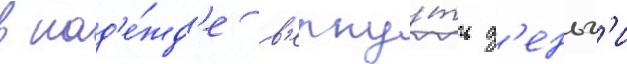
в над'е́жд'е в'ерну́ть д'еньг'и